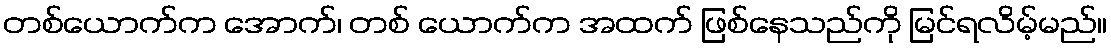
တစ်ယောက်က အောက်၊ တစ် ယောက်က အထက် ဖြစ်နေသည်ကို မြင်ရလိမ့်မည်။